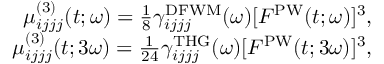
\begin{array} { r } { \mu _ { i j j j } ^ { ( 3 ) } ( t ; \omega ) = \frac { 1 } { 8 } \gamma _ { i j j j } ^ { \mathrm { D F W M } } ( \omega ) [ F ^ { \mathrm { P W } } ( t ; \omega ) ] ^ { 3 } , } \\ { \mu _ { i j j j } ^ { ( 3 ) } ( t ; 3 \omega ) = \frac { 1 } { 2 4 } \gamma _ { i j j j } ^ { \mathrm { T H G } } ( \omega ) [ F ^ { \mathrm { P W } } ( t ; 3 \omega ) ] ^ { 3 } , } \end{array}